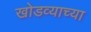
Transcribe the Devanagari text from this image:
खोडव्याच्या